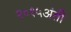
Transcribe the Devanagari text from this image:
२०१५अंती